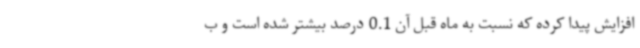
افزایش پیدا کرده که نسبت به ماه قبل آن 0.1 درصد بیشتر شده است و ب